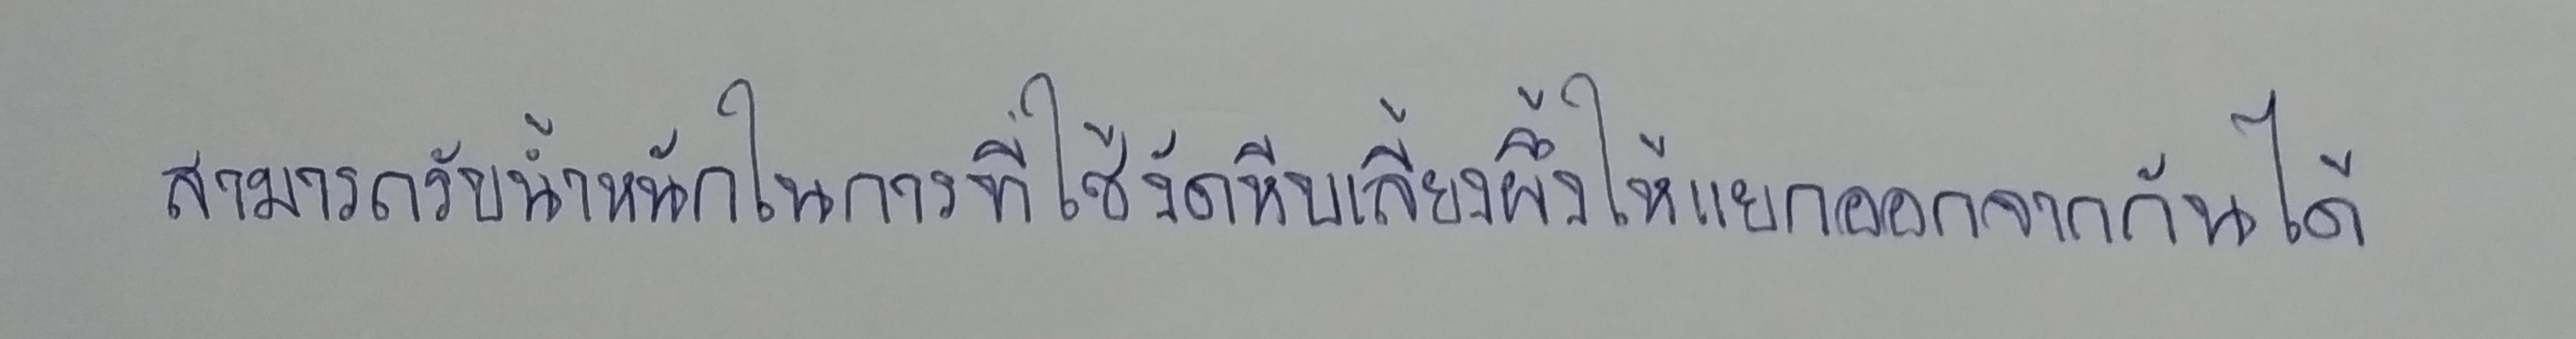
สามารถรับน้ำหนักในการที่ใช้งัดหีบเลี้ยงผึ้งให้แยกออกจากกันได้